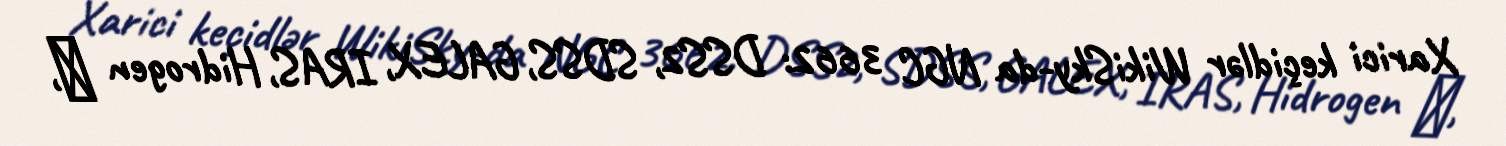
Xarici keçidlər WikiSky-da NGC 3662: DSS2, SDSS, GALEX, IRAS, Hidrogen α,